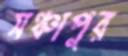
সঞ্চাপুর